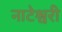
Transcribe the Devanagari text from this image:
नाटेश्वरी